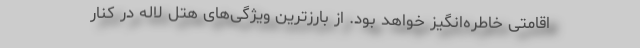
اقامتی خاطره‌انگیز خواهد بود. از بارزترین ویژگی‌های هتل لاله در کنار